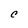
Character: c